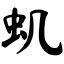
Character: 虮